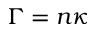
\Gamma = n \kappa